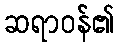
ဆရာဝန်၏